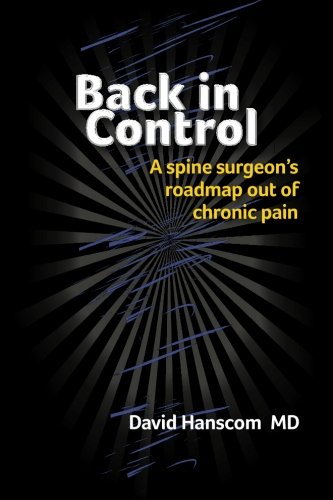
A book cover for Back in Control: A spine surgeon's roadmap out of chronic pain; David Hanscom MD; Health, Fitness & Dieting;